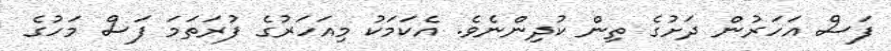
ފަސް އަހަރުން ދަށުގެ ތިން ކުދިންނެވެ. އެކަމަކު މިއަހަރުގެ ފުރަތަމަ ފަސް މަހުގެ